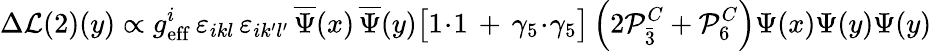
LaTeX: \Delta{\cal L}{(2)}(y)\propto g_{\mathrm{eff}}^{i}\, \varepsilon_{ikl}\, \varepsilon_{ik^{\prime}l^{\prime}}\, \overline{{{\Psi}}}(x)\, \overline{{{\Psi}}}(y)\bigl[1\! \cdot\! 1\, +\, \gamma_{5}\! \cdot\! \gamma_{5}\bigr]\left(2{\cal P}_{\bar{3}}^{C}+{\cal P}_{6}^{C}\right)\Psi(x)\Psi(y)\Psi(y)